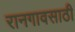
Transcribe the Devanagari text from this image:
रानगावसाठी